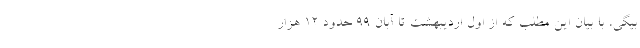
بیگی، با بیان این مطلب که از اول اردیبهشت تا آبان ۹۹ حدود ۱۲ هزار